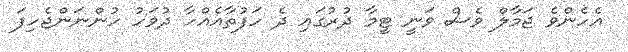
އެހެންވެ ޖަމާލް ވެސް ވަނީ ޓީމާ ދުރުގައި ދެ ހަފުތާއެއްހާ ދުވަހު ހުންނަންޖެހިފަ